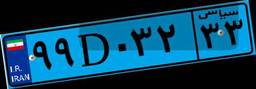
۹۹D۰۳۲۳۳